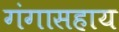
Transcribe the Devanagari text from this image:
गंगासहाय